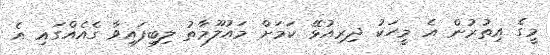
މީގެ އިތުރުން އެ މީހަކު ދިރިއުޅޭ ކަމަށް މައުލޫމާތު ލިބިފައިވާ ގެއެއްގައި އެ